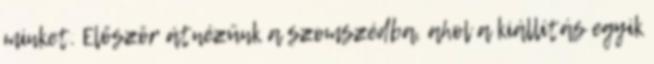
minket. Először átnézünk a szomszédba, ahol a kiállítás egyik